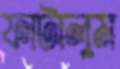
ফাটালুম